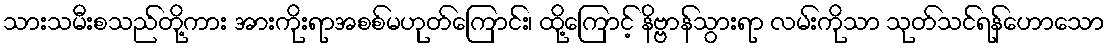
သားသမီးစသည်တို့ကား အားကိုးရာအစစ်မဟုတ်ကြောင်း၊ ထို့ကြောင့် နိဗ္ဗာန်သွားရာ လမ်းကိုသာ သုတ်သင်ရန်ဟောသော